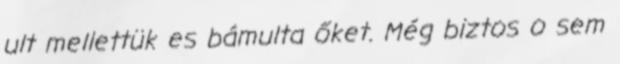
ult mellettük es bámulta őket. Még biztos o sem